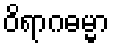
ဝိရာဂဓမ္မာ